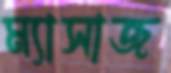
ম্যাসাজ